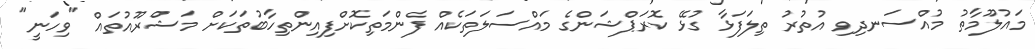
މައުލޫމާތު މުއްސަނދިވި އުތުރު ތިލަފަޅާ ގުޅޭ ކޮރަޕްޝަންގެ މައްސަލަތަކެއް ފެންމަތިކޮށްފިއިންތިހާބުތަކަށް މަޝްރޫއުތައް "ވިހަނީ"